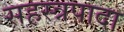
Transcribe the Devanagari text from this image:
सहस्त्रपादा